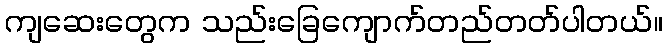
ကျဆေးတွေက သည်းခြေကျောက်တည်တတ်ပါတယ်။